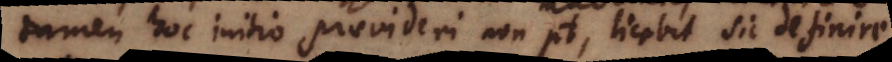
tamen hoc initio praevideri non potest, licebit sic definire.